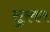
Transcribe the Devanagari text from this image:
सुरकर